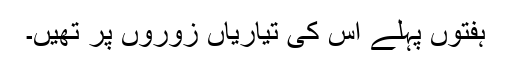
ہفتوں پہلے اس کی تیاریاں زوروں پر تھیں۔